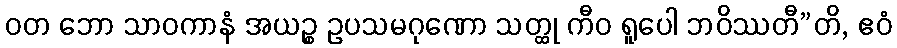
ဝတ ဘော သာဝကာနံ အယဉ္စ ဥပသမဂုဏော သတ္ထု ကီဝ ရူပေါ ဘဝိဿတီ”တိ, ဧဝံ